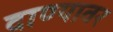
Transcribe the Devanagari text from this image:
दाण्यावर